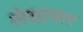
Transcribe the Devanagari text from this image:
लेसाफर